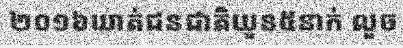
២០១៦ឃាត់ជនជាតិយួន៥នាក់ លួច